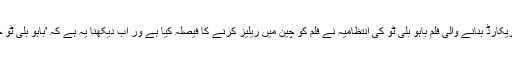
بھارتی میڈیا کے مطابق باکس آفس پر کامیابی کے ریکارڈ بنانے والی فلم باہو بلی ٹو کی انتظامیہ نے فلم کو چین میں ریلیز کرنے کا فیصلہ کیا ہے ور اب دیکھنا یہ ہے کہ 'باہو بلی ٹو خانز کا ریکارڈ توڑنے میں کامیاب ہوتی ہے یا نہیں۔